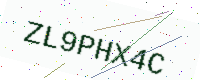
Text: ZL9PHX4C